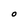
Character: O